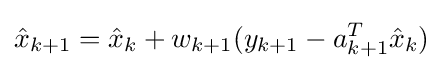
{\hat {x}}_{k+1}={\hat {x}}_{k}+w_{k+1}(y_{k+1}-a_{k+1}^{T}{\hat {x}}_{k})